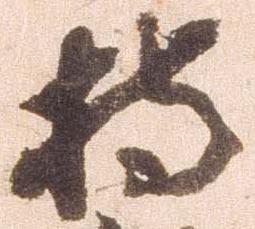
持